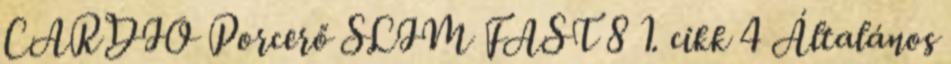
CARDIO Porcerő SLIM FAST 8 1. cikk 4 Általános